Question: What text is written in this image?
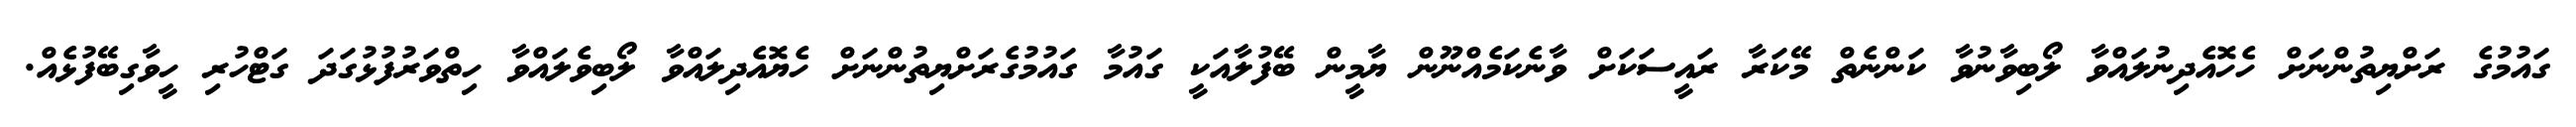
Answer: ގައުމުގެ ރަށްޔިތުންނަށް ހެހޮއެދިނުލައްވާ ލޯބިވާނުވާ ކަންނެތް މޭކަރާ ރައީސަކަށް ވާނެކަމެއްނޫން ޔާމީން ބޭފުލާއަކީ ގައުމާ ގައުމުގެރަށްޔިތުންނަށް ހެޔޮއެދިލައްވާ ލޯބިވެލައްވާ ހިތްވަރުފުޅުގަދަ ގަޓްހުރި ހީވާގިބޭފުޅެއް.